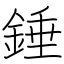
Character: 錘